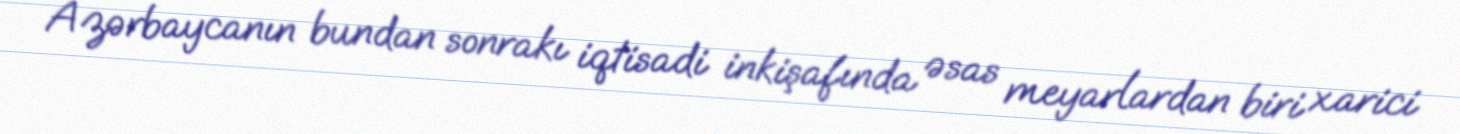
Azərbaycanın bundan sonrakı iqtisadi inkişafında əsas meyarlardan biri xarici